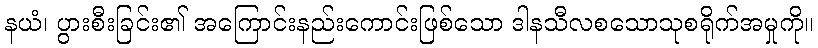
နယံ၊ ပွားစီးခြင်း၏ အကြောင်းနည်းကောင်းဖြစ်သော ဒါနသီလစသောသုစရိုက်အမှုကို။